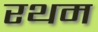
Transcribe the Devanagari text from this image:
रथम